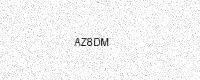
Text: AZ8DM